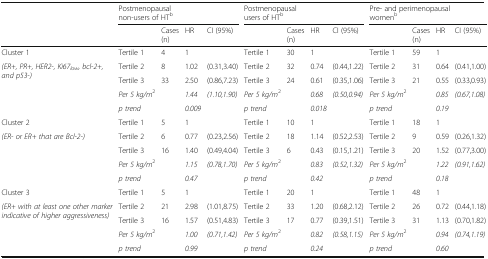
<table><thead><tr><td rowspan="2"></td><td colspan="4"><b>Postmenopausal non-users of HT<sup>b</sup></b></td><td colspan="4"><b>Postmenopausal users of HT<sup>b</sup></b></td><td colspan="4"><b>Pre- and perimenopausal women<sup>b</sup></b></td></tr><tr><td></td><td><b>Cases (n)</b></td><td><b>HR</b></td><td><b>CI (95%)</b></td><td></td><td><b>Cases (n)</b></td><td><b>HR</b></td><td><b>CI (95%)</b></td><td></td><td><b>Cases (n)</b></td><td><b>HR</b></td><td><b>CI (95%)</b></td></tr></thead><tbody><tr><td>Cluster 1</td><td>Tertile 1</td><td>4</td><td>1</td><td></td><td>Tertile 1</td><td>30</td><td>1</td><td></td><td>Tertile 1</td><td>59</td><td>1</td><td></td></tr><tr><td rowspan="4"><i>(ER+, PR+, HER2-, Ki67</i><sub><i>low</i></sub><i>, bcl-2+, and p53-)</i></td><td>Tertile 2</td><td>8</td><td>1.02</td><td>(0.31,3.40)</td><td>Tertile 2</td><td>32</td><td>0.74</td><td>(0.44,1.22)</td><td>Tertile 2</td><td>31</td><td>0.64</td><td>(0.41,1.00)</td></tr><tr><td>Tertile 3</td><td>33</td><td>2.50</td><td>(0.86,7.23)</td><td>Tertile 3</td><td>24</td><td>0.61</td><td>(0.35,1.06)</td><td>Tertile 3</td><td>21</td><td>0.55</td><td>(0.33,0.93)</td></tr><tr><td><i>Per 5 kg/m</i><sup>2</sup></td><td></td><td><i>1.44</i></td><td><i>(1.10,1.90)</i></td><td><i>Per 5 kg/m</i><sup>2</sup></td><td></td><td><i>0.68</i></td><td><i>(0.50,0.94)</i></td><td><i>Per 5 kg/m</i><sup>2</sup></td><td></td><td><i>0.85</i></td><td><i>(0.67,1.08)</i></td></tr><tr><td><i>p trend</i></td><td></td><td><i>0.009</i></td><td></td><td><i>p trend</i></td><td></td><td><i>0.018</i></td><td></td><td><i>p trend</i></td><td></td><td><i>0.19</i></td><td></td></tr><tr><td>Cluster 2</td><td>Tertile 1</td><td>5</td><td>1</td><td></td><td>Tertile 1</td><td>10</td><td>1</td><td></td><td>Tertile 1</td><td>18</td><td>1</td><td></td></tr><tr><td rowspan="4"><i>(ER- or ER+ that are Bcl-2-)</i></td><td>Tertile 2</td><td>6</td><td>0.77</td><td>(0.23,2.56)</td><td>Tertile 2</td><td>18</td><td>1.14</td><td>(0.52,2.53)</td><td>Tertile 2</td><td>9</td><td>0.59</td><td>(0.26,1.32)</td></tr><tr><td>Tertile 3</td><td>16</td><td>1.40</td><td>(0.49,4.04)</td><td>Tertile 3</td><td>6</td><td>0.43</td><td>(0.15,1.21)</td><td>Tertile 3</td><td>20</td><td>1.52</td><td>(0.77,3.00)</td></tr><tr><td><i>Per 5 kg/m</i><sup>2</sup></td><td></td><td><i>1.15</i></td><td><i>(0.78,1.70)</i></td><td><i>Per 5 kg/m</i><sup>2</sup></td><td></td><td><i>0.83</i></td><td><i>(0.52,1.32)</i></td><td><i>Per 5 kg/m</i><sup>2</sup></td><td></td><td><i>1.22</i></td><td><i>(0.91,1.62)</i></td></tr><tr><td><i>p trend</i></td><td></td><td><i>0.47</i></td><td></td><td><i>p trend</i></td><td></td><td><i>0.42</i></td><td></td><td><i>p trend</i></td><td></td><td><i>0.18</i></td><td></td></tr><tr><td>Cluster 3</td><td>Tertile 1</td><td>5</td><td>1</td><td></td><td>Tertile 1</td><td>20</td><td>1</td><td></td><td>Tertile 1</td><td>48</td><td>1</td><td></td></tr><tr><td rowspan="4"><i>(ER+ with at least one other marker indicative of higher aggressiveness)</i></td><td>Tertile 2</td><td>21</td><td>2.98</td><td>(1.01,8.75)</td><td>Tertile 2</td><td>33</td><td>1.20</td><td>(0.68,2.12)</td><td>Tertile 2</td><td>26</td><td>0.72</td><td>(0.44,1.18)</td></tr><tr><td>Tertile 3</td><td>16</td><td>1.57</td><td>(0.51,4.83)</td><td>Tertile 3</td><td>17</td><td>0.77</td><td>(0.39,1.51)</td><td>Tertile 3</td><td>31</td><td>1.13</td><td>(0.70,1.82)</td></tr><tr><td><i>Per 5 kg/m</i><sup>2</sup></td><td></td><td><i>1.00</i></td><td><i>(0.71,1.42)</i></td><td><i>Per 5 kg/m</i><sup>2</sup></td><td></td><td><i>0.82</i></td><td><i>(0.58,1.15)</i></td><td><i>Per 5 kg/m</i><sup>2</sup></td><td></td><td><i>0.94</i></td><td><i>(0.74,1.19)</i></td></tr><tr><td><i>p trend</i></td><td></td><td><i>0.99</i></td><td></td><td><i>p trend</i></td><td></td><td><i>0.24</i></td><td></td><td><i>p trend</i></td><td></td><td><i>0.60</i></td><td></td></tr></tbody></table>